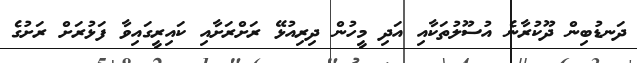
ދަނޑުބިން ދޫކުރާނެ އުސޫލުތަކާއި އަދި މީހުން ދިރިއުޅޭ ރަށްރަށާއި ކައިރީގައިވާ ފަޅުރަށް ރަށުގެ